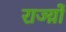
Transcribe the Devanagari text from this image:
राज्य़ों